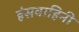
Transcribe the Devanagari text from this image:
हंसवाहिनी